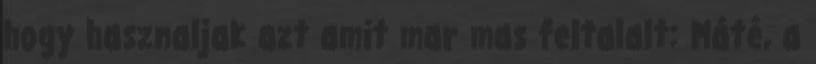
hogy hasznaljak azt amit mar mas feltalalt: Máté, a